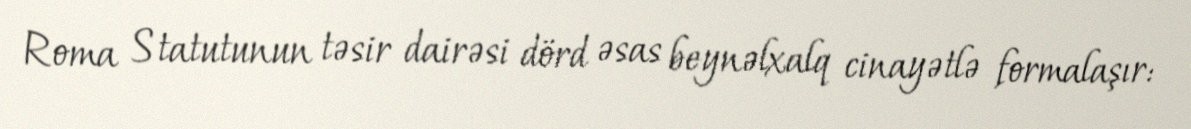
Roma Statutunun təsir dairəsi dörd əsas beynəlxalq cinayətlə formalaşır: